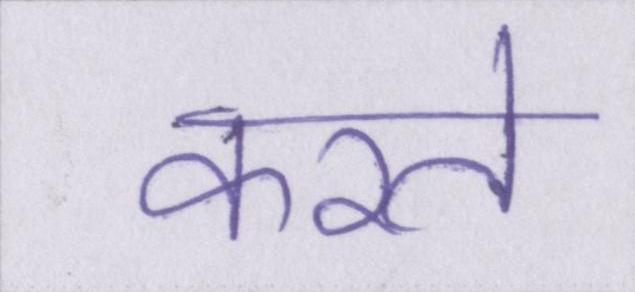
करते